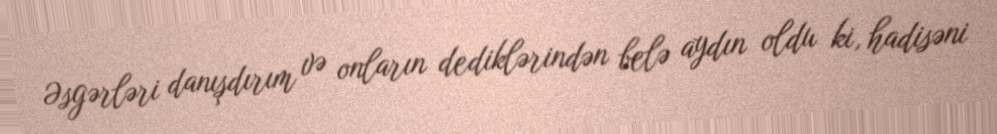
Əsgərləri danışdırım və onların dediklərindən belə aydın oldu ki, hadisəni